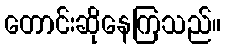
တောင်းဆိုနေကြသည်။